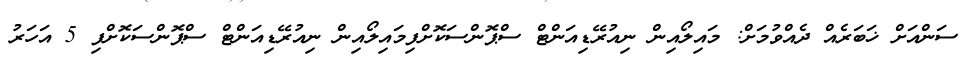
ސަންއަށް ޚަބަރެއް ދެއްވުމަށް: މައިލޯއިން ނިއުރޭޑިއަންޓް ސްޕޮންސަކޮށްފިމައިލޯއިން ނިއުރޭޑިއަންޓް ސްޕޮންސަކޮށްފި 5 އަހަރު